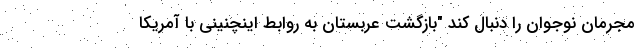
مجرمان نوجوان را دنبال کند "بازگشت عربستان به روابط اینچنینی با آمریکا